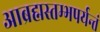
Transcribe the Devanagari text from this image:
आब्रह्मस्तम्भपर्यन्तं